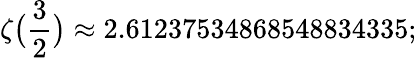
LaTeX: \zeta{\bigl(}{\frac{3}{2}}{\bigr)}\approx 2.61237534868548834335;